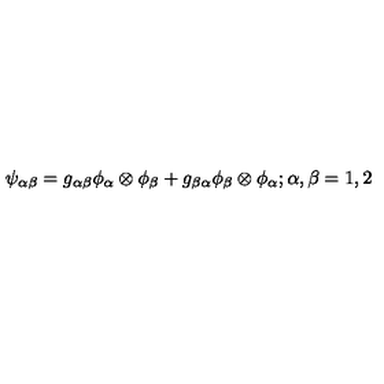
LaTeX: \psi _ { \alpha \beta } = g _ { \alpha \beta } \phi _ { \alpha } \otimes \phi _ { \beta } + g _ { \beta \alpha } \phi _ { \beta } \otimes \phi _ { \alpha } ; \alpha , \beta = 1 , 2